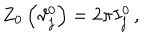
Z _ { 0 } \left( \vartheta _ { j } ^ { 0 } \right) = 2 \pi I _ { j } ^ { 0 } \, ,